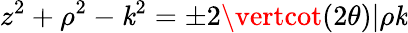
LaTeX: z^{2}+\rho^{2}-\mathit{k}^{2}=\pm2\vertcot(2\theta)\vert\rho\mathit{k}